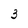
Character: 3